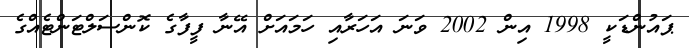
ޕައުންޑަކީ 1998 އިން 2002 ވަނަ އަހަރާއި ހަމައަށް އޭނާ ފީފާގެ ކޮންސަލްޓަންޓެއްގެ